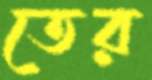
তের